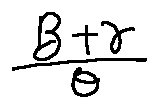
\frac { \beta + \gamma } { \theta }